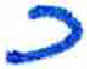
אות: כ